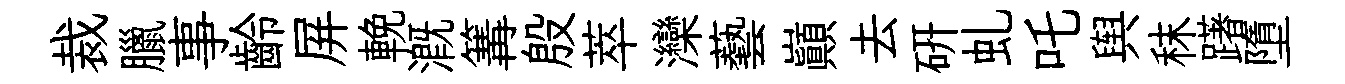
裁臘事齡屏輓溉篝殷萃灤藝巔去硏虬吒舆秣躇墮